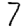
Digit: 7